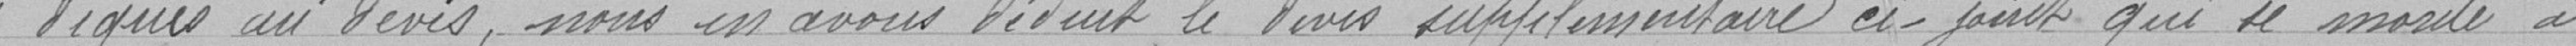
" diqués au devis, nous en avons déduit le devis supplémentaire ci-joint qui se monte à